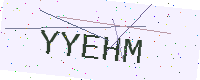
Text: YYEHM